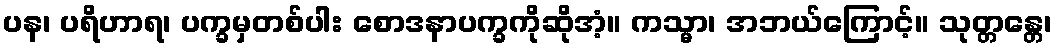
ပန၊ ပရိဟာရ၊ ပက္ခမှတစ်ပါး စောဒနာပက္ခကိုဆိုအံ့။ ကသ္မာ၊ အဘယ်ကြောင့်။ သုတ္တန္တေ၊